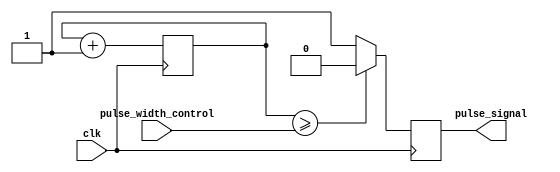
module DutyCyclePulseGenerator (
    input clk,
    input [7:0] pulse_width_control,
    output reg pulse_signal
);

reg [7:0] counter;

always @(posedge clk) begin
    counter <= counter + 1;
    
    if (counter >= pulse_width_control) begin
        pulse_signal <= 0;
    end else begin
        pulse_signal <= 1;
    end
end

endmodule